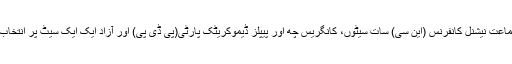
برسر اقتدارجماعت نیشنل کانفرنس (این سی) سات سیٹوں، کانگریس چھ اور پیپلز ڈیموکریٹک پارٹی(پی ڈی پی) اور آزاد ایک ایک سیٹ پر انتخاب لڑ رہے ہیں۔